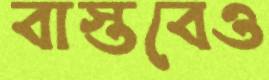
বাস্তবেও